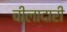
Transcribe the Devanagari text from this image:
चीलादारी